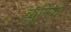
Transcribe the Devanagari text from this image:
व्यक्तिय़ों